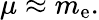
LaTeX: \mu\approx m_{\mathrm{e}}.